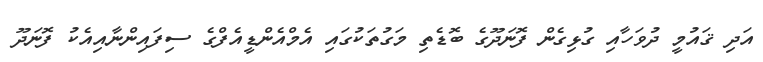
އަދި ޤައުމީ ދުވަހާއި ގުޅިގެން ފޮނަދޫގެ ބޮޑެތި މަގުތަކުގައި އެމްއެންޑީއެފްގެ ސިފައިންނާއިއެކު ފޮނަދޫ